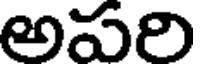
అపరి